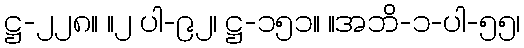
ဋ္ဌ-၂၂၈။ ။၂ ပါ-၉၂၊ ဋ္ဌ-၁၅၁။ ။အဘိ-၁-ပါ-၅၅၊